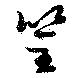
筌